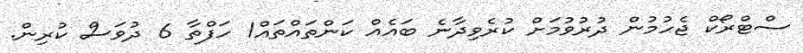
ސްޓްރޯކް ޖެހުމުން ދުރުވުމަށް ކުރެވިދާނެ ބައެއް ކަންތައްތައް1 ހަފްތާ 6 ދުވަސް ކުރިން.